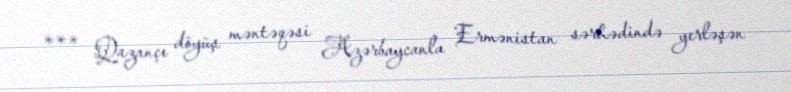
*** Qazançı döyüş məntəqəsi Azərbaycanla Ermənistan sərhədində yerləşən